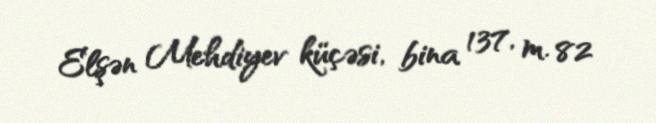
Elşən Mehdiyev küçəsi, bina 137, m. 82